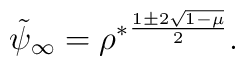
\tilde \psi_\infty = {\rho^*}^{{1 \pm 2 \sqrt{1 -\mu} } \over 2} .